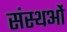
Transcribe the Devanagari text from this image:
संस्थओं